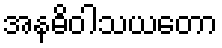
အနဓိဝါသယတော